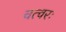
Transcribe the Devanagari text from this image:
चत्वरः